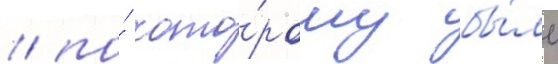
/ по́ кото́рому бы́ло